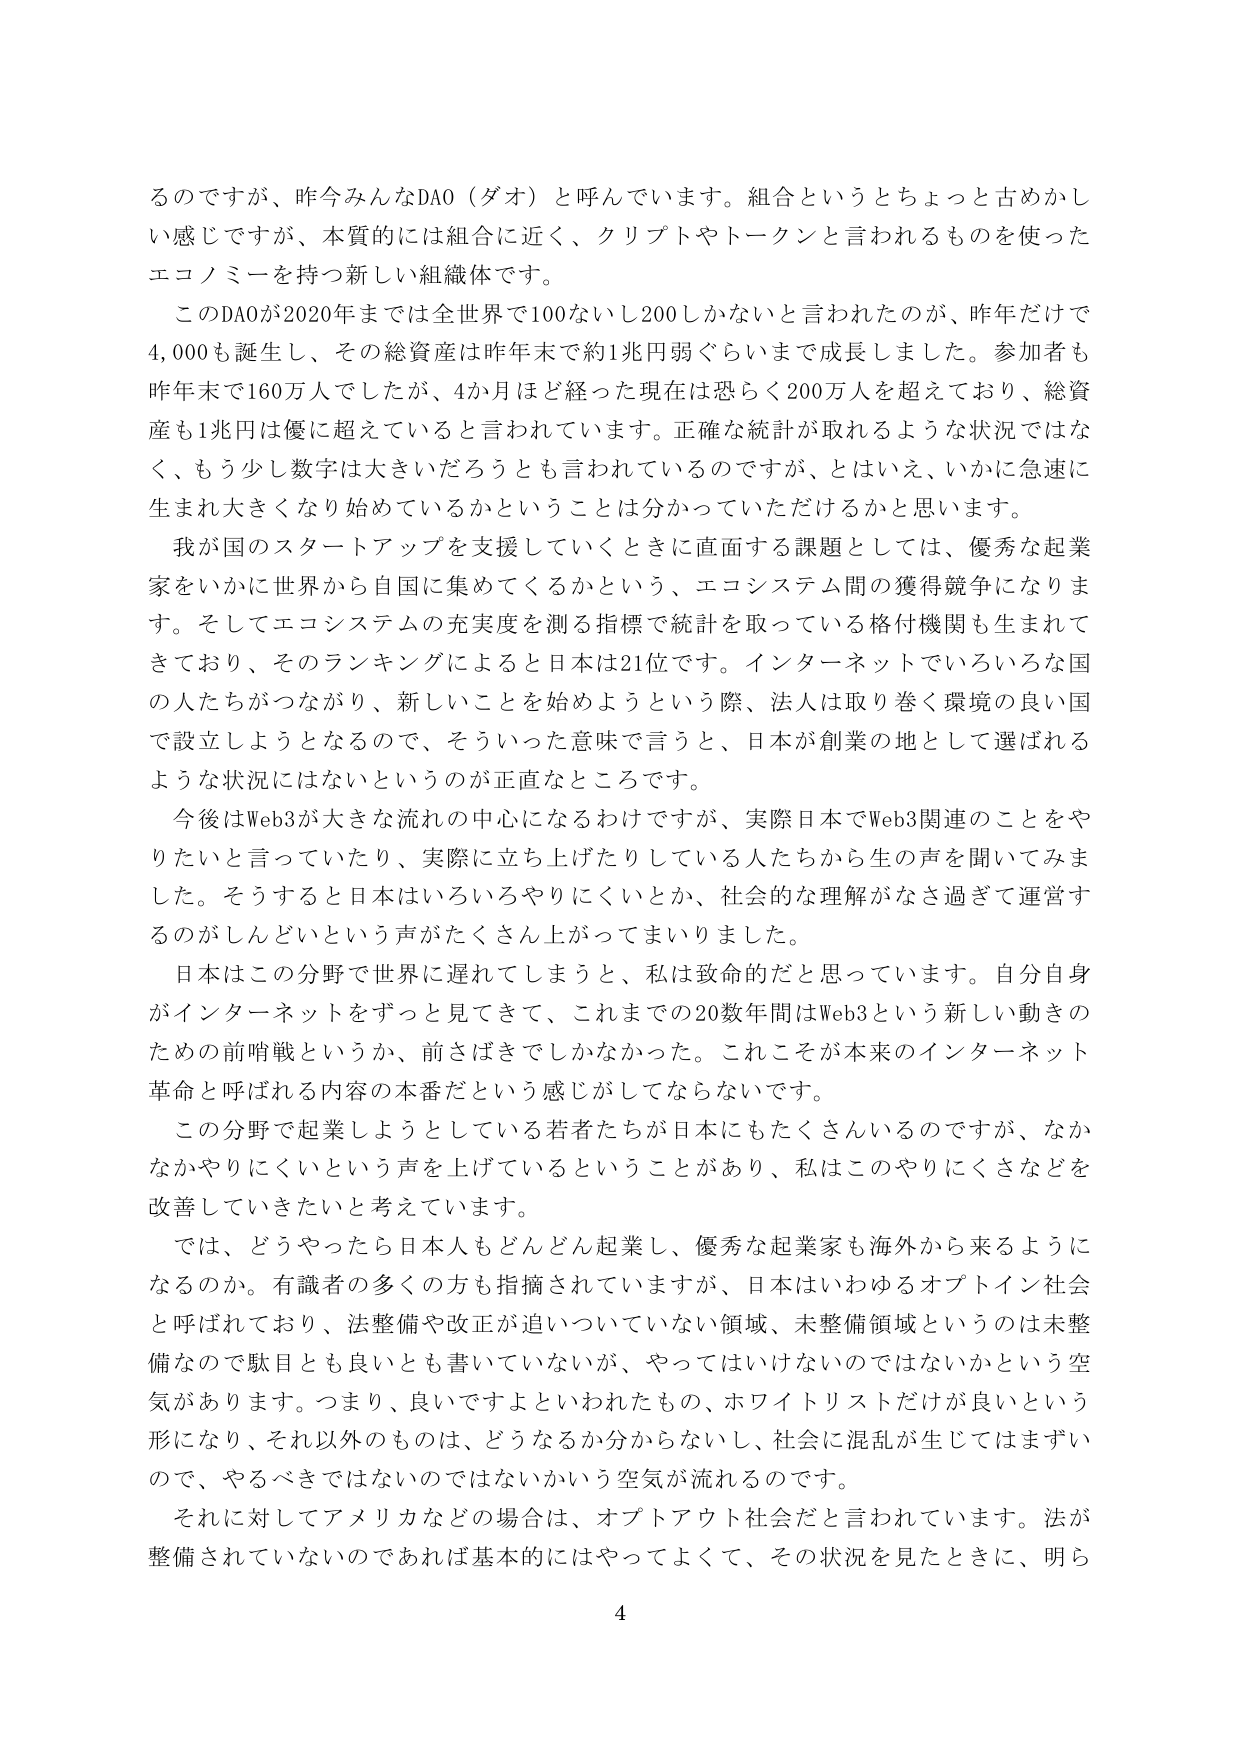
るのですが、昨今みんなDAO（ダオ）と呼んでいます。組合というとちょっと古めかしい感じですが、本質的には組合に近く、クリプトやトークンと言われるものを使ったエコノミーを持つ新しい組織体です。

このDAOが2020年までは全世界で100ないし200しかないと言われたのが、昨年だけで4,000も誕生し、その総資産は昨年末で約1兆円弱ぐらいまで成長しました。参加者も昨年末で160万人でしたが、4か月ほど経った現在は恐らく200万人を超えており、総資産も1兆円は優に超えていると言われています。正確な統計が取れるような状況ではなく、もう少し数字は大きいだろうとも言われているのですが、とはいえ、いかに急速に生まれ大きくなり始めているかということは分かっていただけるかと思います。

我が国のスタートアップを支援していくときに直面する課題としては、優秀な起業家をいかに世界から自国に集めてくるかという、エコシステム間の獲得競争になります。そしてエコシステムの充実度を測る指標で統計を取っている格付機関も生まれてきており、そのランキングによると日本は21位です。インターネットでいろいろな国の人たちがつながり、新しいことを始めようという際、法人は取り巻く環境の良い国で設立しようとなるので、そういった意味で言うと、日本が創業の地として選ばれるような状況にはないというのが正直なところです。

今後はWeb3が大きな流れの中心になるわけですが、実際日本でWeb3関連のことをやりたいと言っていたり、実際に立ち上げたりしている人たちから生の声を聞いてみました。そうすると日本はいろいろやりにくいとか、社会的な理解がなさ過ぎて運営するのがしんどいという声がたくさん上がってまいりました。

日本はこの分野で世界に遅れてしまうと、私は致命的だと思っています。自分自身がインターネットをずっと見てきて、これまでの20数年間はWeb3という新しい動きのための前哨戦というか、前さばきでしかなかった。これこそが本来のインターネット革命と呼ばれる内容の本番だという感じがしてならないです。

この分野で起業しようとしている若者たちが日本にもたくさんいるのですが、なかなかやりにくいという声を上げているということがあり、私はこのやりにくさなどを改善していきたいと考えています。

では、どうやったら日本人もどんどん起業し、優秀な起業家も海外から来るようになるのか。有識者の多くの方も指摘されていますが、日本はいわゆるオプトイン社会と呼ばれており、法整備や改正が追いついていない領域、未整備領域というのは未整備なので駄目とも良いとも書いていないが、やってはいけないのではないかという空気があります。つまり、良いですよといわれたもの、ホワイトリストだけが良いという形になり、それ以外のものは、どうなるか分からないし、社会に混乱が生じてはまずいので、やるべきではないのではないかという空気が流れるのです。

それに対してアメリカなどの場合は、オプトアウト社会だと言われています。法が整備されていないのであれば基本的にはやってよくて、その状況を見たときに、明ら

4